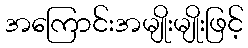
အကြောင်းအမျိုးမျိုးဖြင့်